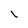
Character: l